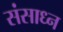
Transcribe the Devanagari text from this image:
संसाध्न